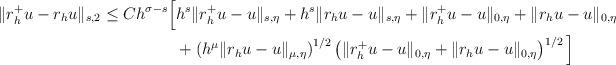
LaTeX: \begin{align*}\|r_h^+ u - r_h u\|_{s,2} \le C h^{\sigma-s} \Big[ &h^s\|r_h^+ u - u\|_{s,\eta} + h^s\|r_h u - u\|_{s,\eta} + \|r_h^+ u - u\|_{0,\eta} + \|r_h u - u\|_{0,\eta} \\&+ \left(h^\mu \|r_h u - u\|_{\mu,\eta}\right)^{1/2} \left(\|r_h^+ u - u\|_{0,\eta} + \|r_h u - u\|_{0,\eta} \right)^{1/2} \Big]\end{align*}